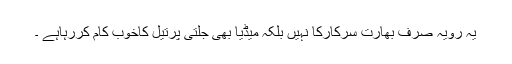
یہ رویہ صرف بھارت سرکارکا نہیں بلکہ میڈیا بھی جلتی پرتیل کاخوب کام کررہاہے ۔